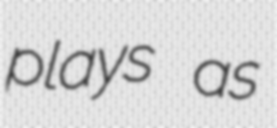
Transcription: plays as